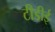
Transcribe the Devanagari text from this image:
टीडीई